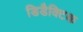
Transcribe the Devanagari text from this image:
डिडैक्टिक